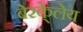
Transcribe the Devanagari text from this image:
बेरके्लेय